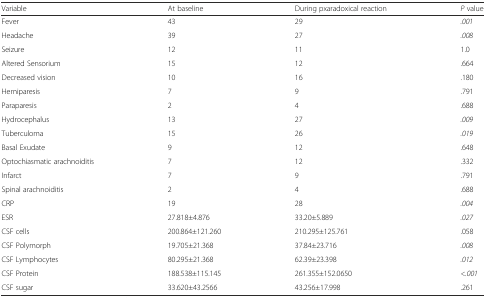
<table><thead><tr><td><b>Variable</b></td><td><b>At baseline</b></td><td><b>During pxaradoxical reaction</b></td><td><b><i>P</i> value</b></td></tr></thead><tbody><tr><td>Fever</td><td>43</td><td>29</td><td><i>.001</i></td></tr><tr><td>Headache</td><td>39</td><td>27</td><td><i>.008</i></td></tr><tr><td>Seizure</td><td>12</td><td>11</td><td>1.0</td></tr><tr><td>Altered Sensorium</td><td>15</td><td>12</td><td>.664</td></tr><tr><td>Decreased vision</td><td>10</td><td>16</td><td>.180</td></tr><tr><td>Hemiparesis</td><td>7</td><td>9</td><td>.791</td></tr><tr><td>Paraparesis</td><td>2</td><td>4</td><td>.688</td></tr><tr><td>Hydrocephalus</td><td>13</td><td>27</td><td><i>.009</i></td></tr><tr><td>Tuberculoma</td><td>15</td><td>26</td><td><i>.019</i></td></tr><tr><td>Basal Exudate</td><td>9</td><td>12</td><td>.648</td></tr><tr><td>Optochiasmatic arachnoiditis</td><td>7</td><td>12</td><td>.332</td></tr><tr><td>Infarct</td><td>7</td><td>9</td><td>.791</td></tr><tr><td>Spinal arachnoiditis</td><td>2</td><td>4</td><td>.688</td></tr><tr><td>CRP</td><td>19</td><td>28</td><td><i>.004</i></td></tr><tr><td>ESR</td><td>27.818±4.876</td><td>33.20±5.889</td><td><i>.027</i></td></tr><tr><td>CSF cells</td><td>200.864±121.260</td><td>210.295±125.761</td><td>.058</td></tr><tr><td>CSF Polymorph</td><td>19.705±21.368</td><td>37.84±23.716</td><td><i>.008</i></td></tr><tr><td>CSF Lymphocytes</td><td>80.295±21.368</td><td>62.39±23.398</td><td><i>.012</i></td></tr><tr><td>CSF Protein</td><td>188.538±115.145</td><td>261.355±152.0650</td><td><i>&lt;.001</i></td></tr><tr><td>CSF sugar</td><td>33.620±43.2566</td><td>43.256±17.998</td><td>.261</td></tr></tbody></table>